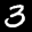
Label: 3